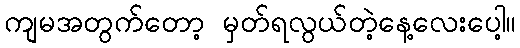
ကျမအတွက်တော့ မှတ်ရလွယ်တဲ့နေ့လေးပေါ့။